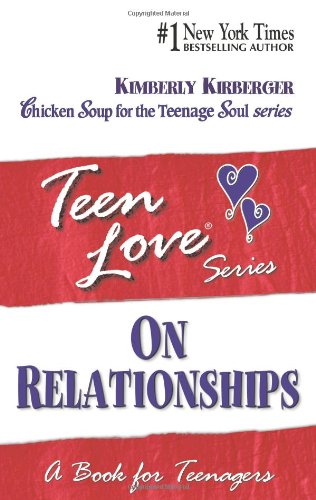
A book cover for Teen Love, On Relationships: A Book For Teenagers; Kimberly Kirberger; Teen & Young Adult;